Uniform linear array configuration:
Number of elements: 8
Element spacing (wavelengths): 0.5
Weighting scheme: binomial
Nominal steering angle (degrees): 0
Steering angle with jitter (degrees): -0.9101
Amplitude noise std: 0.05
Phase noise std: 0.05

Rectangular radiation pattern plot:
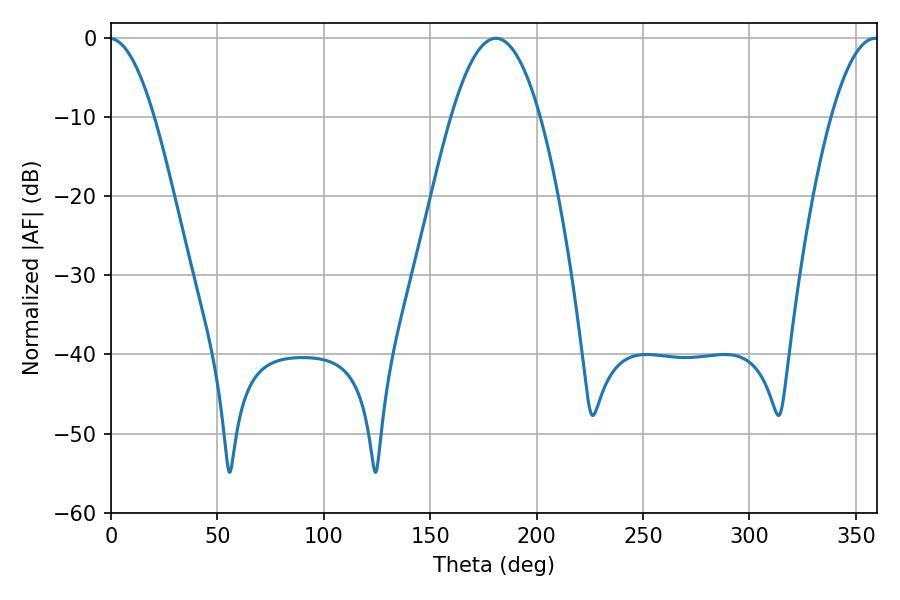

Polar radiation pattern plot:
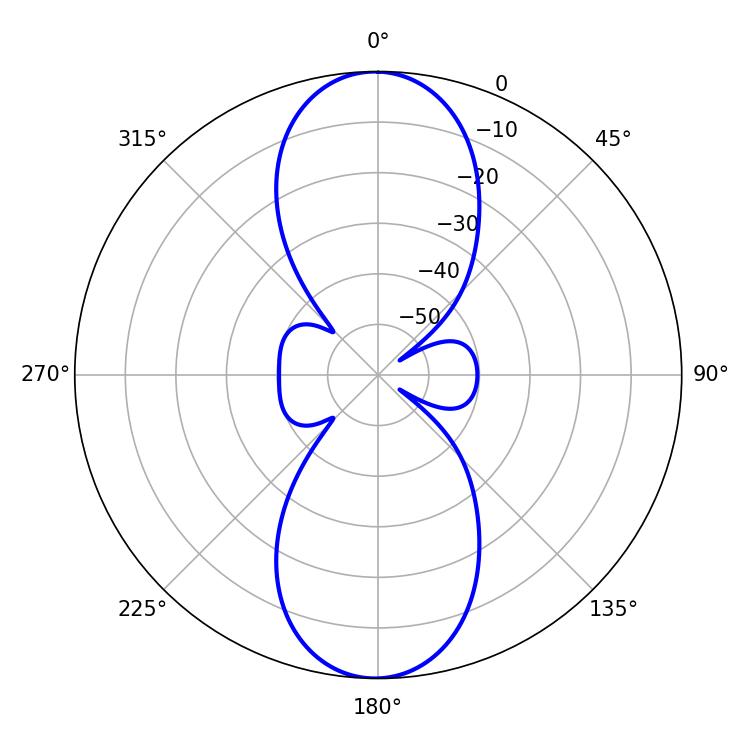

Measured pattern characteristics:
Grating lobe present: FALSE
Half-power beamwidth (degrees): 22.86
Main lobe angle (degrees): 180.9